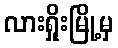
လားရှိုးမြို့မှ